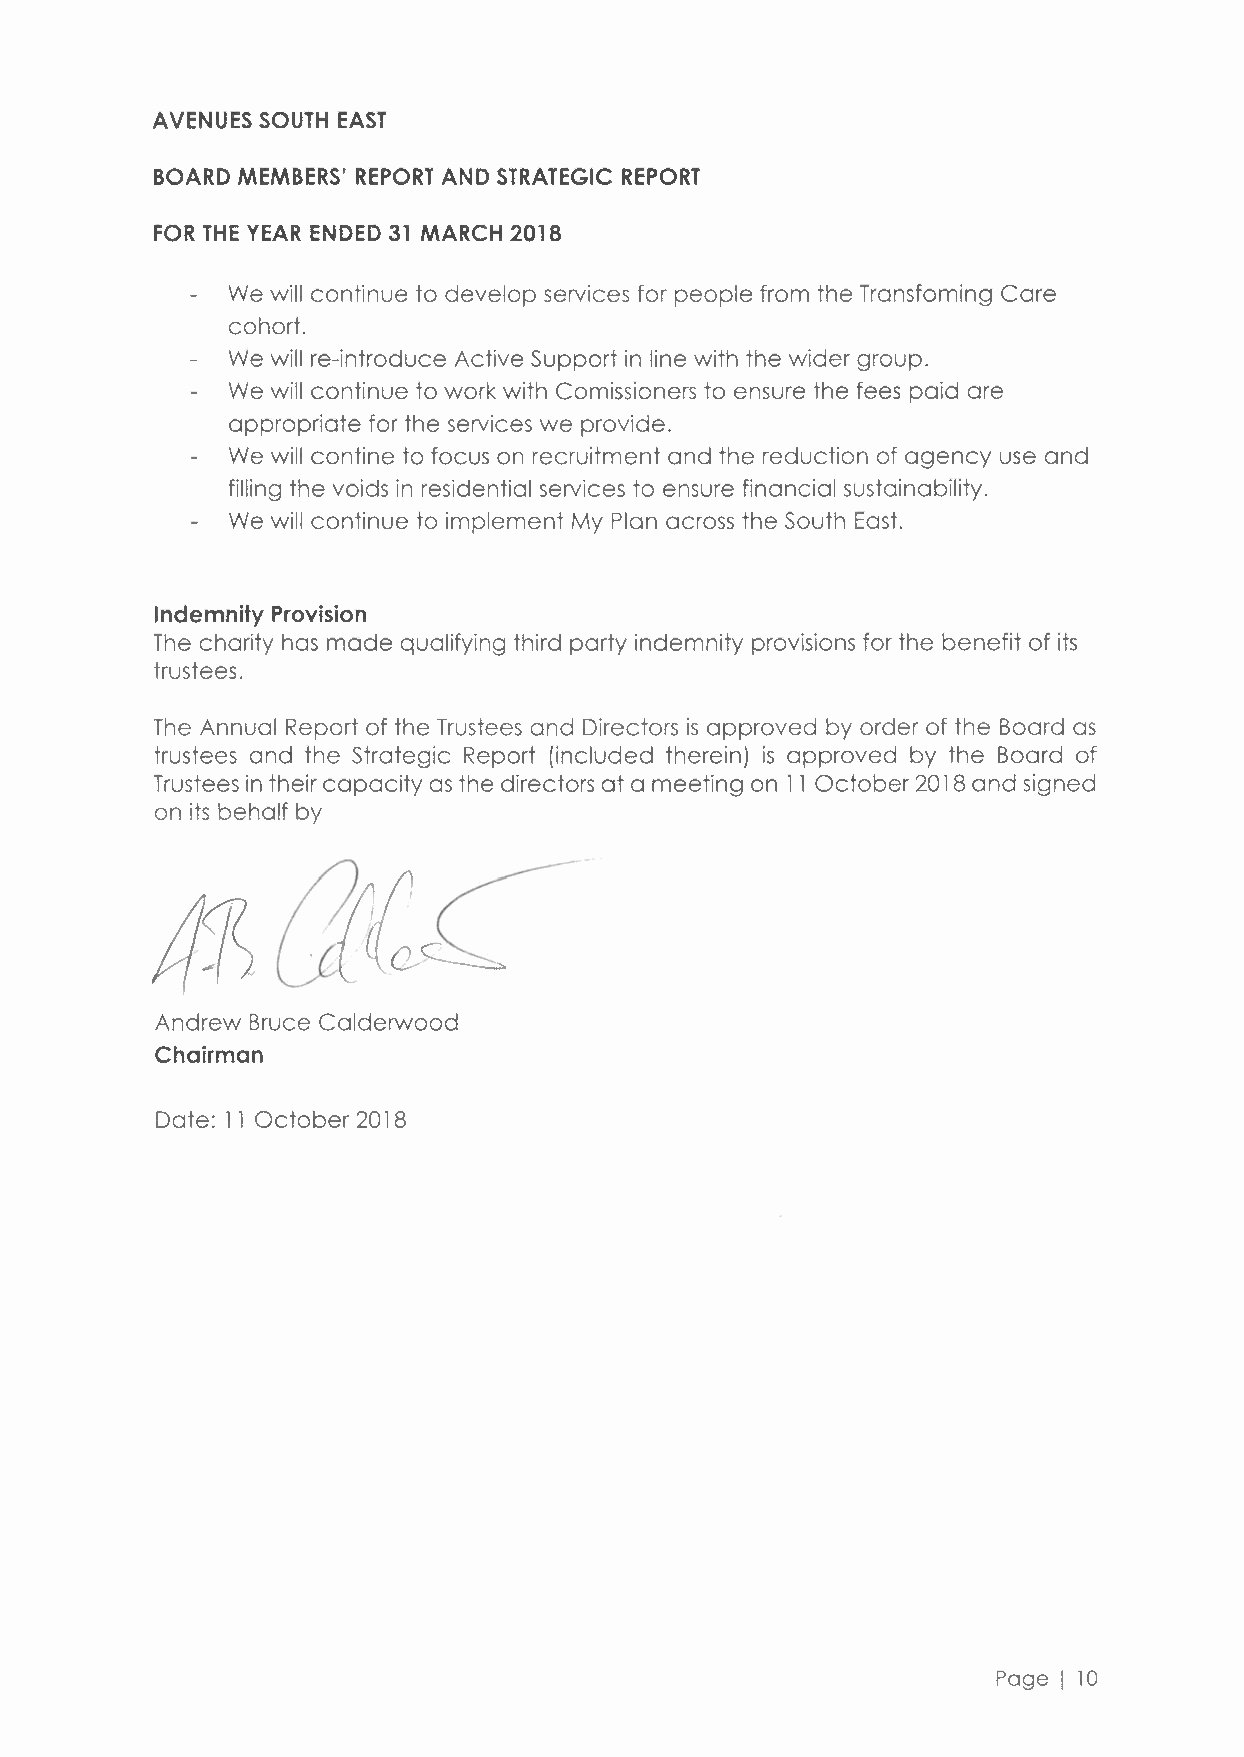
AVENUES SOUTH EAST
 BOARD MEMBERS' REPORT AND STRATEGIC REPORT
 FOR THE YEAR ENDED 31 MARCH 2018
 We will continue to develop services for people from the Transfoming Care
 cohort.
 We will re-introduce Active Support in line with the wider group.
 We will continue to work with Comissioners to ensure the fees paid are
 appropriate for the services we provide.
 We will contine to focus on recruitment and the reduction of agency use and
 filling the voids in residential services to ensure financial sustainability.
 We will continue to implement My Plan across the South East.
 Indemnity Provision
 The charity has made qualifying third party indemnity provisions for the benefit of its
 trustees.
 The Annual Report of the Trustees and Directors is approved by order of the Board as
 trustees and the Strategic Report (included therein) is approved by the Board of
 Trusteesi n their capacity as the directors at a meeting on 11 October 2018 and signed
 on its behalf by
 Andrew Bruce Calderwood
 Chairman
 Date: 11 October 2018
 Page I 10